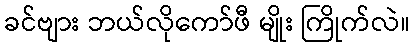
ခင်ဗျား ဘယ်လိုကော်ဖီ မျိုး ကြိုက်လဲ။